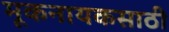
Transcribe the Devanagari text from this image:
मूकनायकसाठी